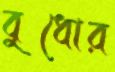
বুধোর